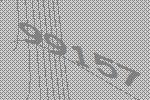
99157